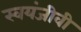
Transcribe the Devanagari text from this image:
स्वयंजीवी